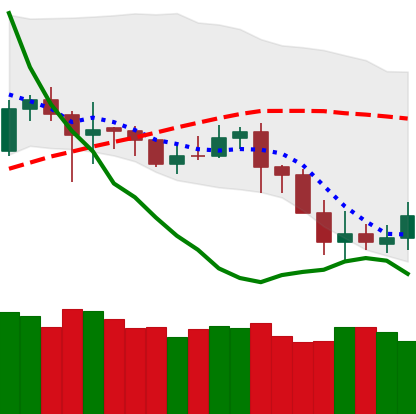
Ticker: DOGE-USD
Chart end date: 2020-07-01
Forward return: 11.13%
Label: up_7plus